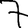
Digit: 7